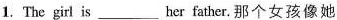
1. The girl is___her father. 那个女孩像她